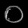
Digit: ၀